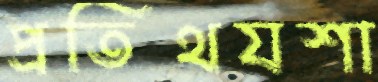
প্রতিথযশা